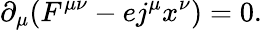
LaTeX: \partial_{\mu}(F^{\mu\nu}-ej^{\mu}x^{\nu})=0.